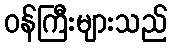
ဝန်ကြီးများသည်